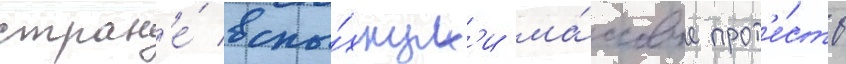
стран'е́ вспы́хнул'и ма́ссовые прот'е́сты